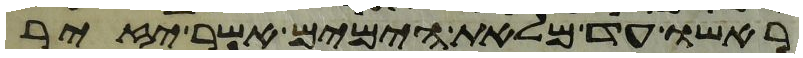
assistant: ראשו עד מלאת הימים אשר יזיר